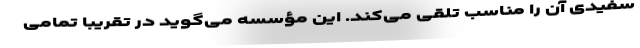
سفیدی آن را مناسب تلقی می‌کند. این مؤسسه می‌گوید در تقریبا تمامی